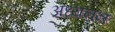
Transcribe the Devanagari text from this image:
अध्यनन